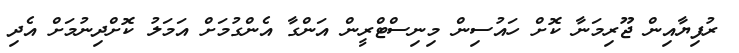
ރުފިޔާއިން ޖޫރިމަނާ ކޮށް ހައުސިން މިނިސްޓްރީން އަންގާ އެންގުމަށް އަމަލު ކޮށްދިނުމަށް އެދި